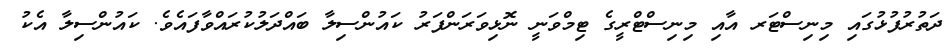
ދަތުރުފުޅުގައި މިނިސްޓަރ އާއި މިނިސްޓްރީގެ ޓިމްވަނީ ނޮޅިވަރަންފަރު ކައުންސިލާ ބައްދަލުކުރައްވާފައެވެ. ކައުންސިލާ އެކު